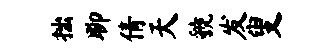
拙聊倩天虢发叟